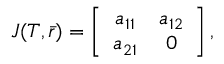
\begin{array} { r } { J ( T , \bar { r } ) = \left[ { \begin{array} { c c } { a _ { 1 1 } } & { a _ { 1 2 } } \\ { a _ { 2 1 } } & { 0 } \end{array} } \right] , } \end{array}